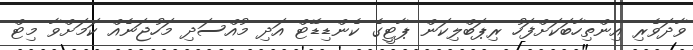
ވާދަވެރި އިންތިހާބަކަށްފަހު ރިޕަބްލިކަން ޕާޓީގެ ކެންޑިޑޭޓް އަދި މުއްސަދި މަހުޖަނެއް ކަމަށްވާ މިޓް